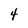
Character: 4